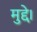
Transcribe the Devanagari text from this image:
मुद्दे।